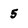
Character: 5